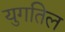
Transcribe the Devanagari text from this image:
युगतिल